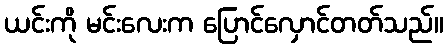
ယင်းကို မင်းလေးက ပြောင်လှောင်တတ်သည်။